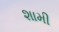
શામી